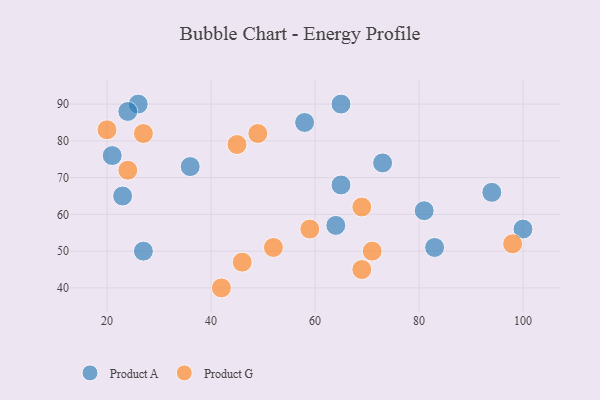
{"axis": {"x": "GDP", "y": "Life Expectancy"}, "legend": ["Product A", "Product G"], "data": [{"x": "58", "y": 85, "type": "Product A"}, {"x": "27", "y": 50, "type": "Product A"}, {"x": "26", "y": 90, "type": "Product A"}, {"x": "83", "y": 51, "type": "Product A"}, {"x": "81", "y": 61, "type": "Product A"}, {"x": "65", "y": 68, "type": "Product A"}, {"x": "23", "y": 65, "type": "Product A"}, {"x": "65", "y": 90, "type": "Product A"}, {"x": "94", "y": 66, "type": "Product A"}, {"x": "36", "y": 73, "type": "Product A"}, {"x": "73", "y": 74, "type": "Product A"}, {"x": "100", "y": 56, "type": "Product A"}, {"x": "24", "y": 88, "type": "Product A"}, {"x": "64", "y": 57, "type": "Product A"}, {"x": "21", "y": 76, "type": "Product A"}, {"x": "69", "y": 62, "type": "Product G"}, {"x": "24", "y": 72, "type": "Product G"}, {"x": "27", "y": 82, "type": "Product G"}, {"x": "98", "y": 52, "type": "Product G"}, {"x": "42", "y": 40, "type": "Product G"}, {"x": "46", "y": 47, "type": "Product G"}, {"x": "59", "y": 56, "type": "Product G"}, {"x": "45", "y": 79, "type": "Product G"}, {"x": "71", "y": 50, "type": "Product G"}, {"x": "69", "y": 45, "type": "Product G"}, {"x": "52", "y": 51, "type": "Product G"}, {"x": "20", "y": 83, "type": "Product G"}, {"x": "49", "y": 82, "type": "Product G"}]}